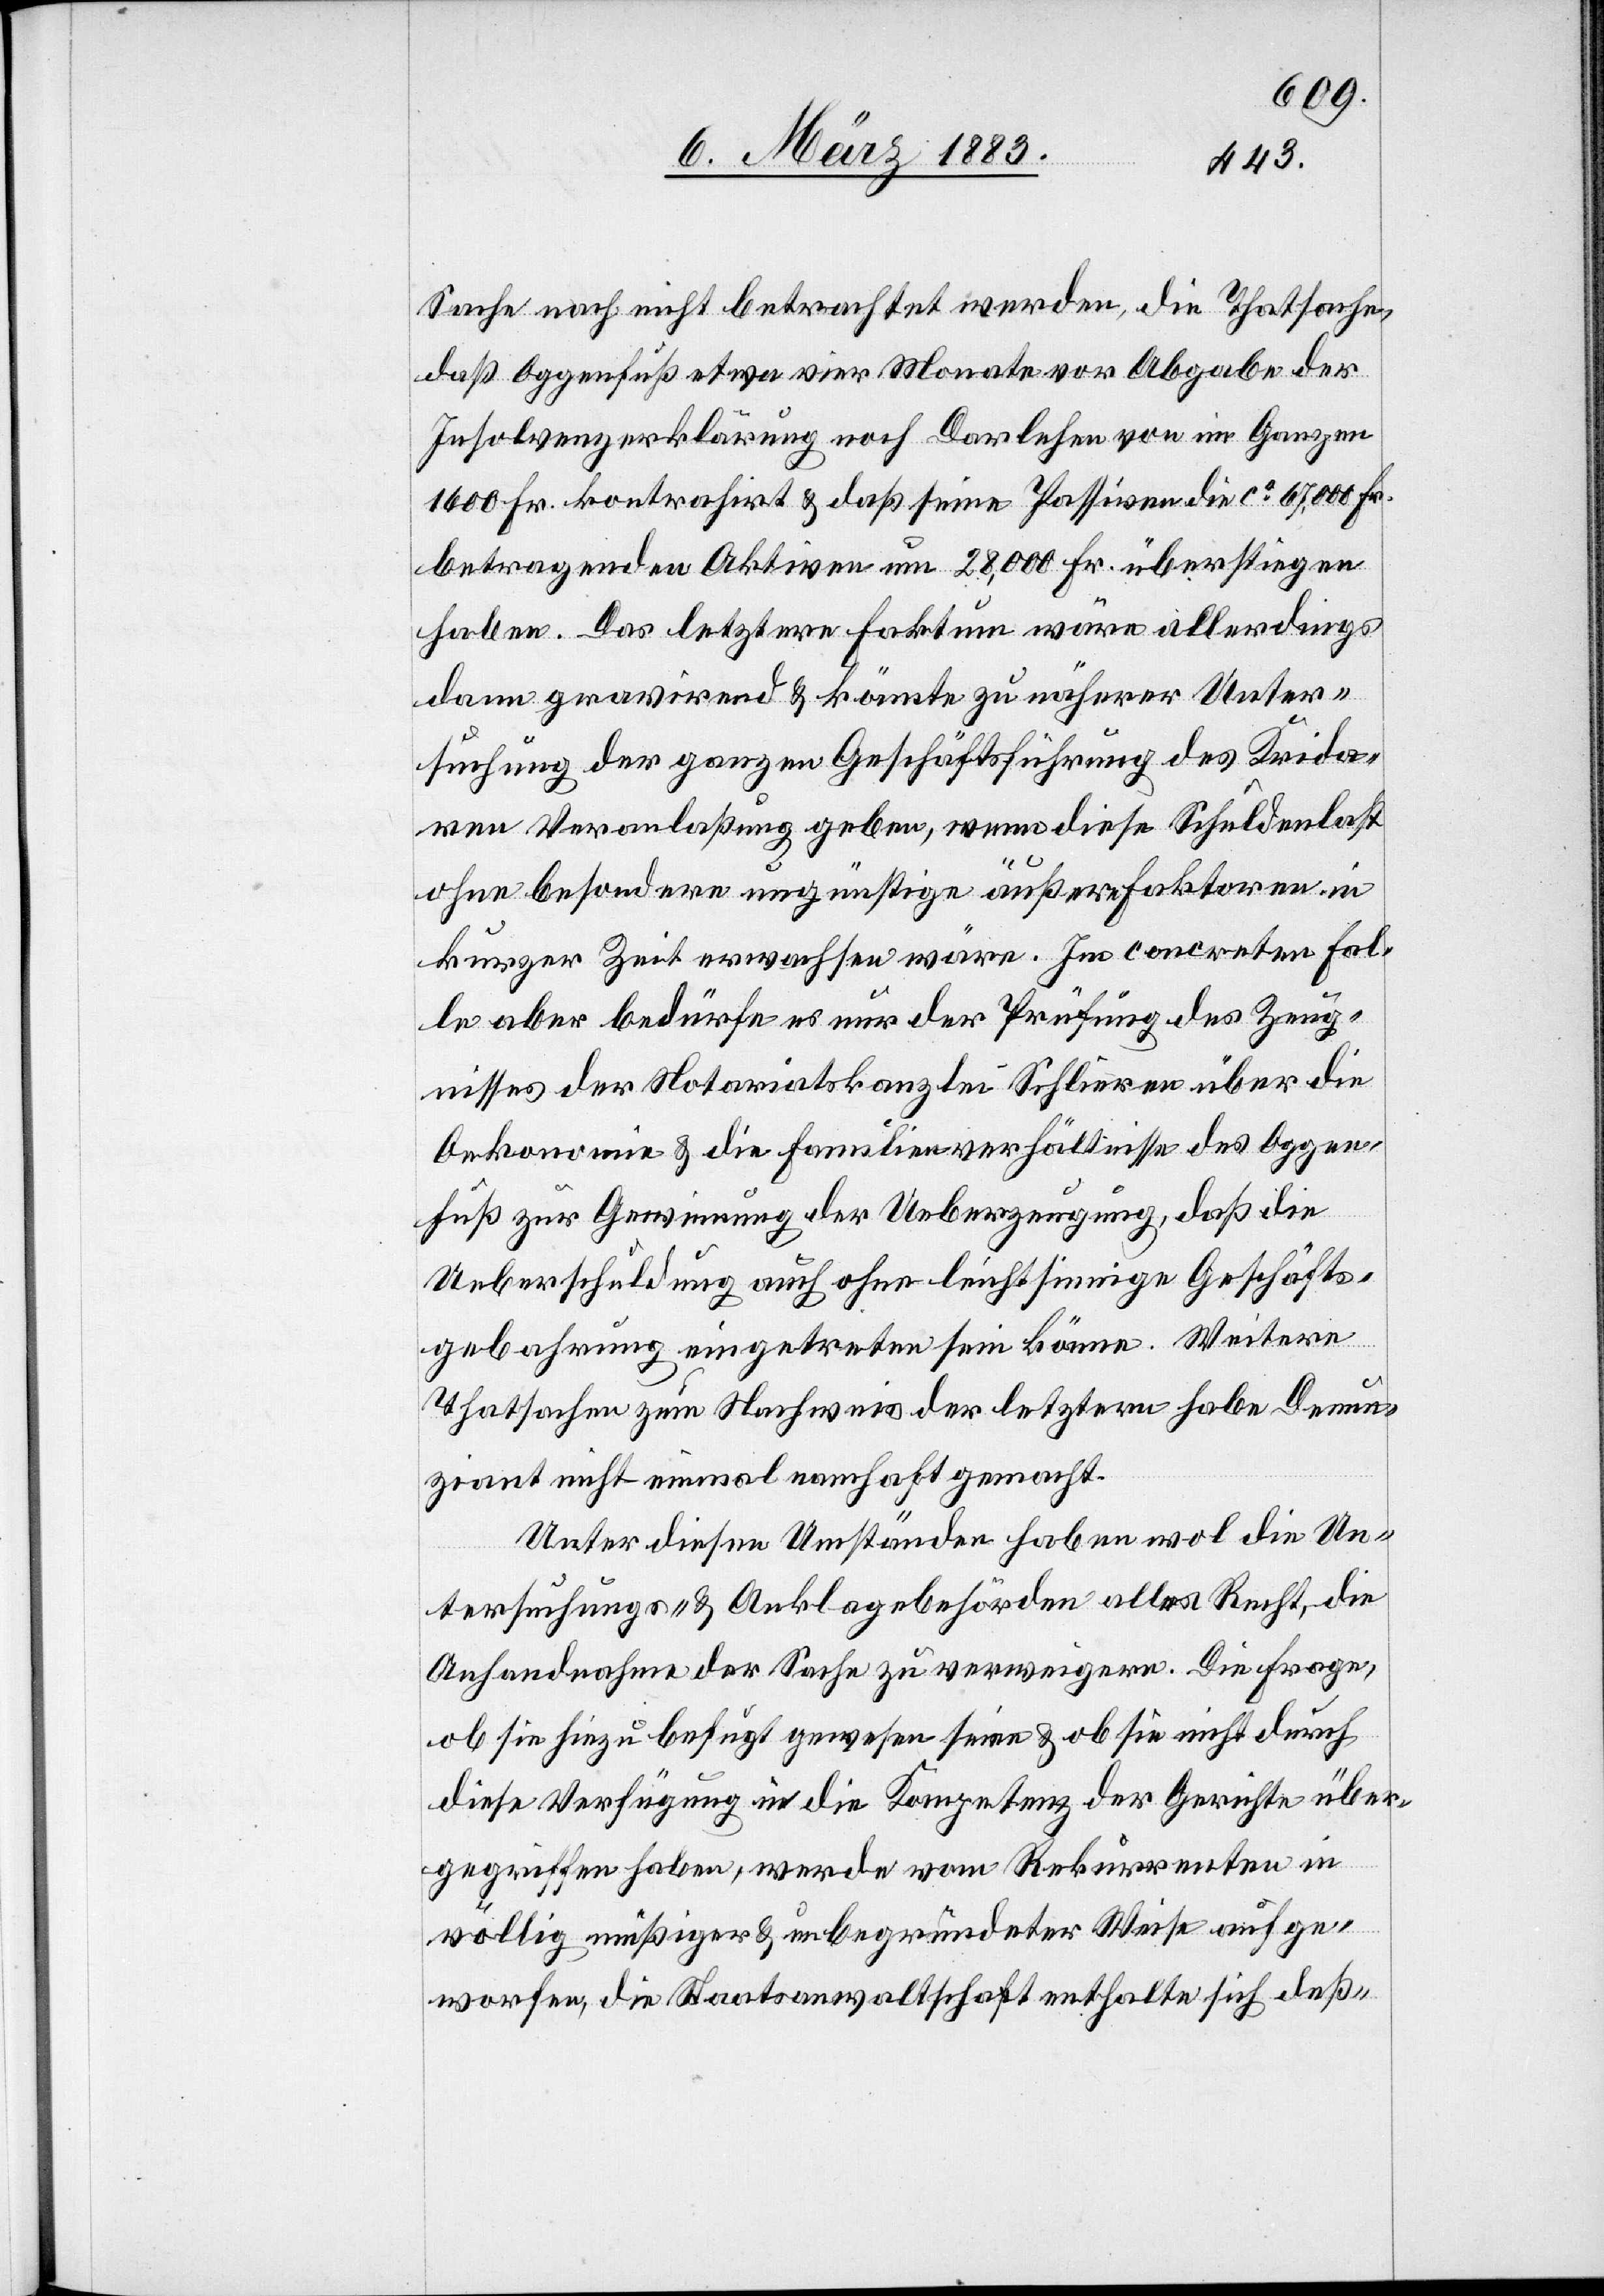
Sache nach nicht betrachtet werden, die Thatsache,
daß Oggenfuß etwa vier Monate vor Abgabe der
Insolvenzerklärung noch Darlehen von im Ganzen
1600 Fr. kontrahirt & daß seine Passiven die ca 67,000 Fr.
betragenden Aktiven um 28,000 Fr. überstiegen
haben. Das letztere Faktum wäre allerdings
dann gravirend & könnte zu näherer Unter¬
suchung der ganzen Geschäftsführung des Kridaren
Veranlaßung geben, wenn diese Schuldenlast
ohne besondere ungünstige äußere Faktoren in
kurzer Zeit erwachsen wäre. Im concreten Fal¬
le aber bedürfe es nur der Prüfung des Zeug¬
nisses der Notariatskanzlei Schlieren über die
Oekonomie & die Familienverhältnisse des Oggen¬
fuß zur Gewinnung der Ueberzeugung, daß die
Ueberschuldung auch ohne leichtsinnige Geschäfts¬
gebahrung eingetreten sein könne. Weitere
Thatsachen zum Nachweis der letztern habe Denun¬
ziant nicht einmal namhaft gemacht.
Ueber diesen Umständen haben wol die Un¬
tersuchungs- & Anklagebehörden alles Recht, die
Anhandnahme der Sache zu verweigern. Die Frage,
ob sie hiezu befugt gewesen seien & ob sie nicht durch
diese Verfügung in die Kompetenz der Gerichte über¬
gegriffen haben, werde vom Rekurrenten in
völlig müßiger & unbegründeter Weise aufge¬
worfen, die Staatsanwaltschaft enthalte sich deß-